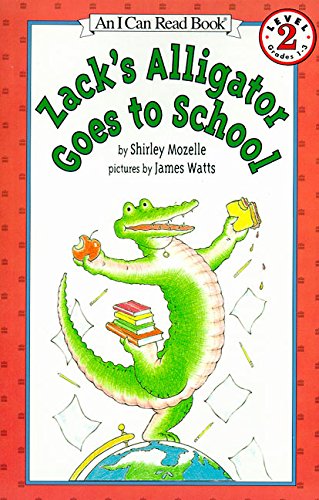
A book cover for Zack's Alligator Goes to School; Shirley Mozelle; Children's Books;